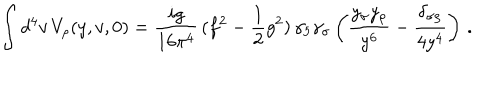
\int d ^ { 4 } v \, V _ { \rho } ( y , v , 0 ) = \frac { i g } { 1 6 \pi ^ { 4 } } \, ( f ^ { 2 } - \frac { 1 } { 2 } g ^ { 2 } ) \, \gamma _ { 5 } \gamma _ { \sigma } \left( \frac { y _ { \sigma } y _ { \rho } } { y ^ { 6 } } - \frac { \delta _ { \sigma \rho } } { 4 y ^ { 4 } } \right) \, .